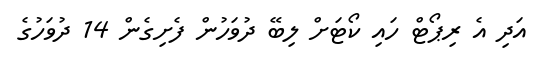
އަދި އެ ރިޕޯޓް ހައި ކޯޓަށް ލިބޭ ދުވަހުން ފެށިގެން 14 ދުވަހުގެ